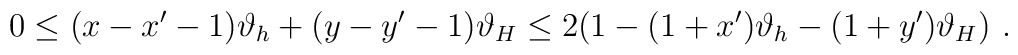
0\leq (x-x^{\prime }-1)\vartheta _{h}+(y-y^{\prime }-1)\vartheta _{H}\leq2(1-(1+x^{\prime })\vartheta _{h}-(1+y^{\prime })\vartheta _{H})\,\,.\,